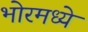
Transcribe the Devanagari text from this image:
भोरमध्ये